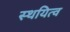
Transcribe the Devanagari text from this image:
स्थयित्व